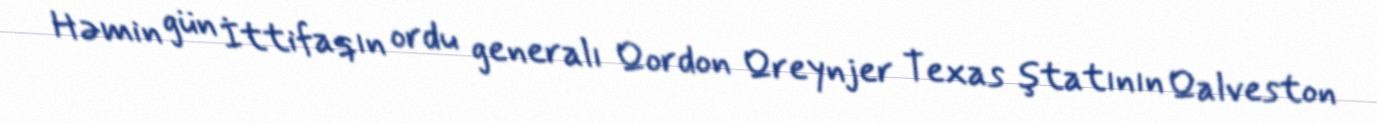
Həmin gün İttifaqın ordu generalı Qordon Qreynjer Texas ştatının Qalveston